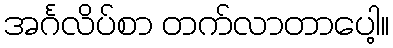
အင်္ဂလိပ်စာ တက်လာတာပေါ့။